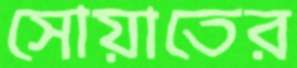
সোয়াতের